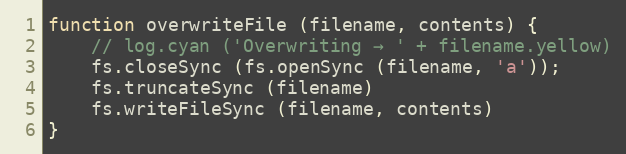
Language: JavaScript
function overwriteFile (filename, contents) {
    // log.cyan ('Overwriting → ' + filename.yellow)
    fs.closeSync (fs.openSync (filename, 'a'));
    fs.truncateSync (filename)
    fs.writeFileSync (filename, contents)
}